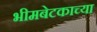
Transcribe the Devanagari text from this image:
भीमबेटकाच्या